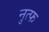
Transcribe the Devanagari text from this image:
नुत्फ